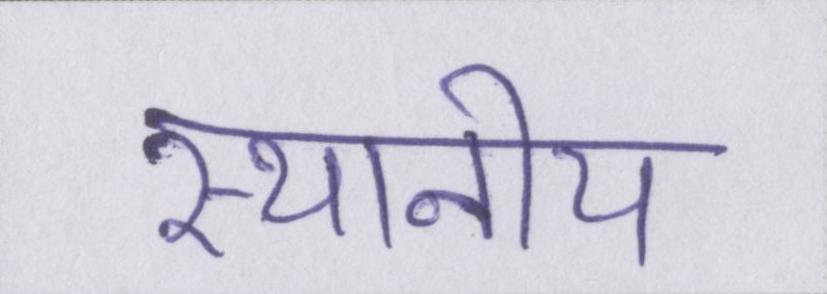
स्थानीय